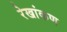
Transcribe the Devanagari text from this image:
रेखांकण